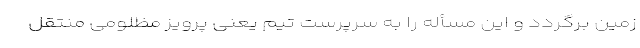
زمین برگردد و این مسأله را به سرپرست تیم یعنی پرویز مظلومی منتقل